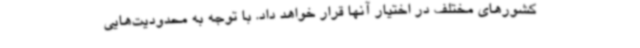
کشورهای مختلف در اختیار آنها قرار خواهد داد. با توجه به محدودیت‌هایی